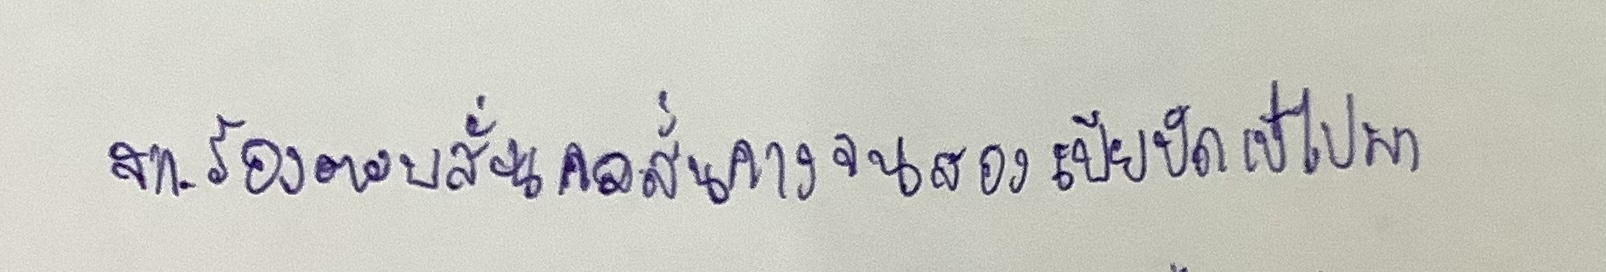
"ส.ก.ร้องตอบสั่นคอสั่นคางจนสองเปียปัดเป๋ไปมา